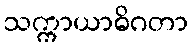
သက္ကာယာဓိဂတာ